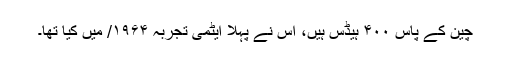
چین کے پاس ۴۰۰ ہیڈس ہیں، اُس نے پہلا ایٹمی تجربہ ۱۹۶۴/ میں کیا تھا۔